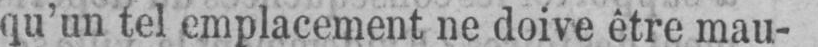
qu’un tel emplacement ne doive être mau-